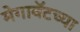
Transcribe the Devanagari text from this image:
मेगावॅटच्या